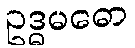
ဥဒ္ဓမဓော